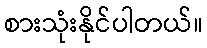
စားသုံးနိုင်ပါတယ်။